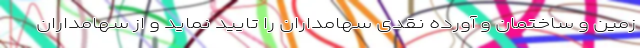
زمین و ساختمان و آورده نقدی سهامداران را تایید نماید و از سهامداران